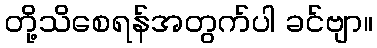
တို့သိစေရန်အတွက်ပါ ခင်ဗျာ။